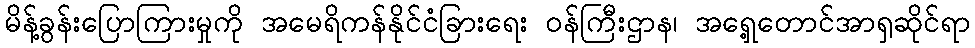
မိန့်ခွန်းပြောကြားမှုကို အမေရိကန်နိုင်ငံခြားရေး ဝန်ကြီးဌာန၊ အရှေ့တောင်အာရှဆိုင်ရာ